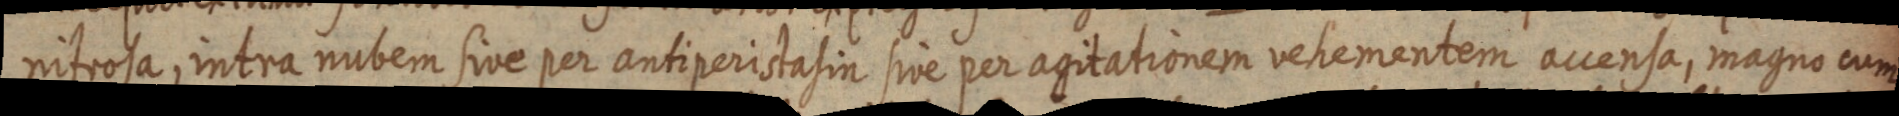
nitrosa, intra nubem sive per antiperistasin sive per agitationem vehementem accensa, magno cum